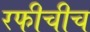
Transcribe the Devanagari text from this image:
रफीचीच